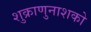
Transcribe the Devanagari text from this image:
शुक्राणुनाशको